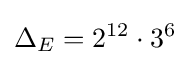
\Delta _{E}=2^{12}\cdot 3^{6}